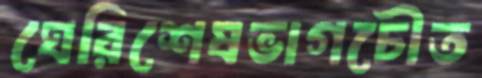
ঘেরিশেষভাগচৌত